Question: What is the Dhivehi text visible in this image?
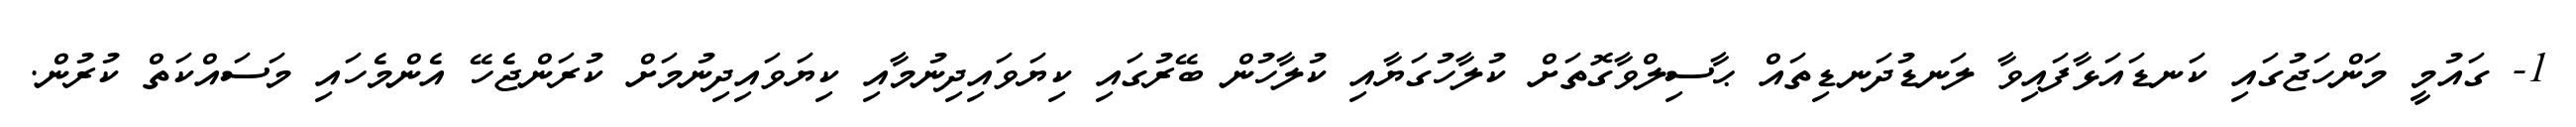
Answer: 1- ގައުމީ މަންހަޖުގައި ކަނޑައަޅާފައިވާ ލަނޑުދަނޑިތައް ޙާސިލްވާގޮތަށް ކުލާހުގަޔާއި ކުލާހުން ބޭރުގައި ކިޔަވައިދިނުމާއި ކިޔަވައިދިނުމަށް ކުރަންޖެހޭ އެންމެހައި މަސައްކަތް ކުރުން.